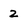
Character: 2